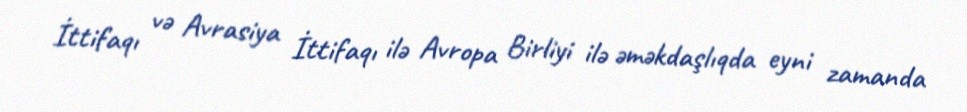
İttifaqı və Avrasiya İttifaqı ilə Avropa Birliyi ilə əməkdaşlıqda eyni zamanda